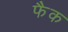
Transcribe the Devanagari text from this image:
फैक